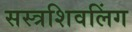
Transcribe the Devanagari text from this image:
सस्त्रशिवलिंग